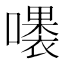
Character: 𱕉